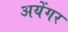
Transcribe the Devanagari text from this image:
अयेंगर